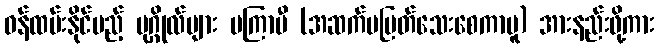
ဝန်ထမ်းနိုင်မည့် ပုဂ္ဂိုလ်များ မကြာမီ (အဆက်မပြတ်သေးစေကာမူ) အားနည်းဖို့ကား